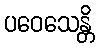
ပဝေသေန္တိ